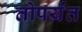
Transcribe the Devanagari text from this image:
तोपर्य़ंत